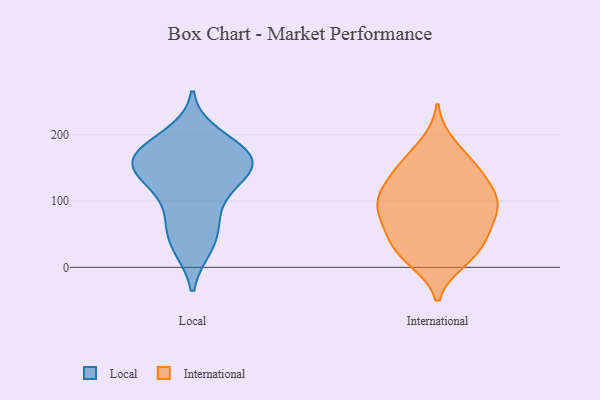
{"axis": {"x": "Production Output", "y": "Value"}, "legend": ["International", "Local"], "data": [{"x": "", "y": 178, "type": "Local"}, {"x": "", "y": 128, "type": "Local"}, {"x": "", "y": 32, "type": "Local"}, {"x": "", "y": 123, "type": "Local"}, {"x": "", "y": 198, "type": "Local"}, {"x": "", "y": 153, "type": "Local"}, {"x": "", "y": 35, "type": "Local"}, {"x": "", "y": 166, "type": "Local"}, {"x": "", "y": 165, "type": "Local"}, {"x": "", "y": 162, "type": "Local"}, {"x": "", "y": 167, "type": "Local"}, {"x": "", "y": 68, "type": "Local"}, {"x": "", "y": 141, "type": "Local"}, {"x": "", "y": 79, "type": "Local"}, {"x": "", "y": 62, "type": "International"}, {"x": "", "y": 11, "type": "International"}, {"x": "", "y": 107, "type": "International"}, {"x": "", "y": 165, "type": "International"}, {"x": "", "y": 38, "type": "International"}, {"x": "", "y": 37, "type": "International"}, {"x": "", "y": 140, "type": "International"}, {"x": "", "y": 21, "type": "International"}, {"x": "", "y": 15, "type": "International"}, {"x": "", "y": 70, "type": "International"}, {"x": "", "y": 185, "type": "International"}, {"x": "", "y": 116, "type": "International"}, {"x": "", "y": 64, "type": "International"}, {"x": "", "y": 96, "type": "International"}, {"x": "", "y": 98, "type": "International"}, {"x": "", "y": 95, "type": "International"}, {"x": "", "y": 145, "type": "International"}, {"x": "", "y": 145, "type": "International"}, {"x": "", "y": 96, "type": "International"}]}